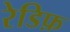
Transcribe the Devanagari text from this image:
रेडिफ़